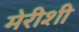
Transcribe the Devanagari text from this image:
मेरीशी